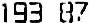
193.87